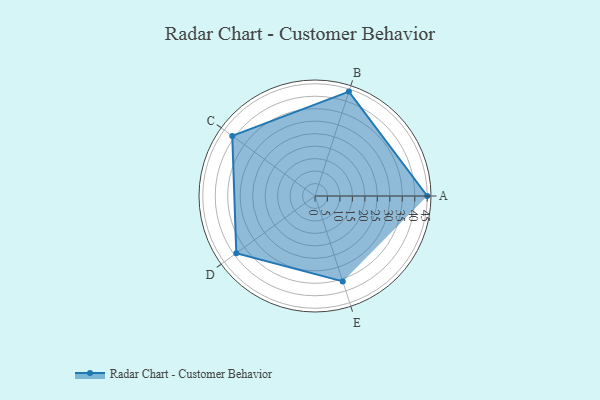
{"axis": {"x": "Skill", "y": "Score"}, "legend": ["Profile"], "data": [{"x": "A", "y": 45.0, "type": "Profile"}, {"x": "B", "y": 44.0, "type": "Profile"}, {"x": "C", "y": 41.0, "type": "Profile"}, {"x": "D", "y": 39.0, "type": "Profile"}, {"x": "E", "y": 36.0, "type": "Profile"}]}